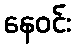
နေဝင်း